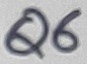
Text: Q6